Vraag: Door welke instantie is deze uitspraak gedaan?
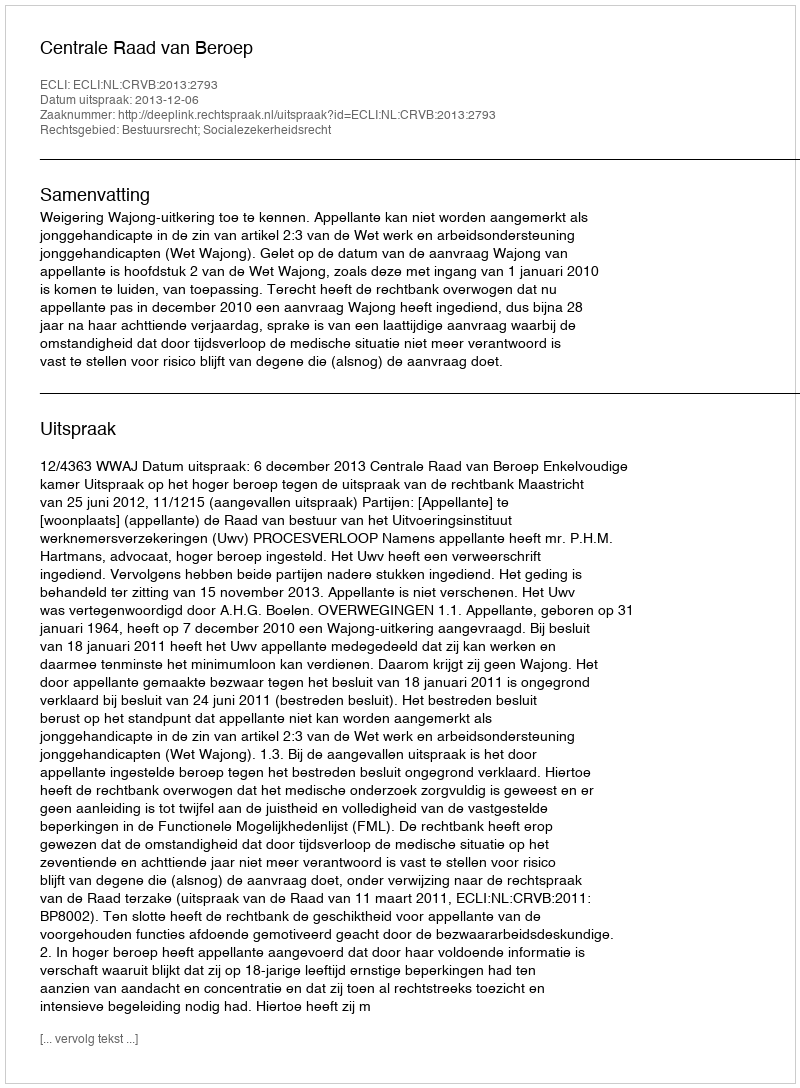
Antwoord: Centrale Raad van Beroep